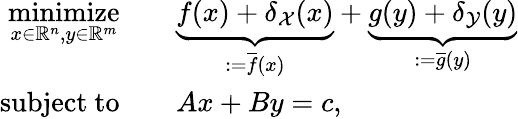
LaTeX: \begin{array}{rl}{\underset{x\in\mathbb{R}^{n},y\in\mathbb{R}^{m}}{\mathrm{minimize}}}&{\quad\underbrace{f(x)+\delta_{\mathcal{X}}(x)}_{:=\overline{{f}}(x)}+\underbrace{g(y)+\delta_{\mathcal{Y}}(y)}_{:=\overline{{g}}(y)}}\\ {\mathrm{subject~to}}&{\quad Ax+By=c,}\end{array}